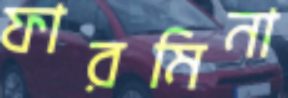
ফারমিনা